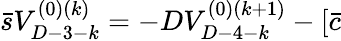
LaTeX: \bar{s}V_{D-3-k}^{(0)(k)}=-DV_{D-4-k}^{(0)(k+1)}-[\bar{c}